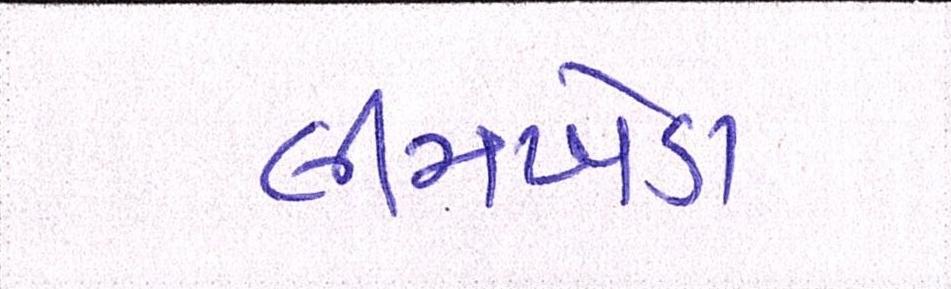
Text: લીમખેડા